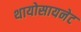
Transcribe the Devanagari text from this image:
थायोसायनेट